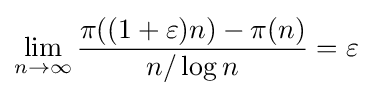
\lim _{n\to \infty }{\frac {\pi ((1+\varepsilon )n)-\pi (n)}{n/\log n}}=\varepsilon